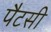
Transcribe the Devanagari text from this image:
पैटसी